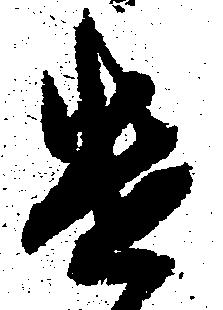
遣